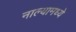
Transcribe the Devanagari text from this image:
नाल्यामध्ये